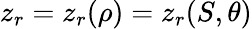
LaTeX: z_{r}=z_{r}(\rho)=z_{r}(S,\theta)